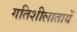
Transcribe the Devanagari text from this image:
गतिशीलातायें